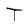
Character: T